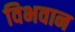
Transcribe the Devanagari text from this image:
विभवान